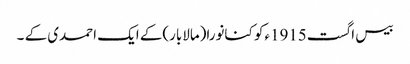
بیس اگست1915ءکو کنانورا(مالابار)کے ایک احمدی کے ۔